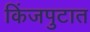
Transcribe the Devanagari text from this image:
किंजपुटात